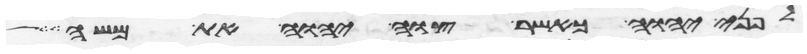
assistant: לפני יהוה כאשר צוה יהוה את משה